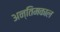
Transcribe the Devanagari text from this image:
अन्तिमकाल